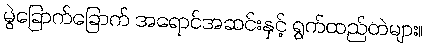
မွဲခြောက်ခြောက် အရောင်အဆင်းနှင့် ရွက်ထည်တဲများ။